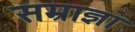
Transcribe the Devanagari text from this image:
सम्राज्ञा